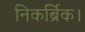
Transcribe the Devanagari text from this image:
निकर्ब्रिक।